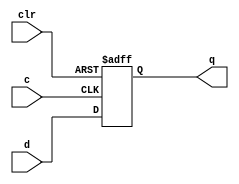
/*
Code from Hw1Ex7
*/

module FDC (d, c, clr, q);

input d, c, clr;
output q;
reg q;
always @(posedge c, posedge clr) begin
    if (clr) q<= 1'b0;
    else q<=d;
end
endmodule